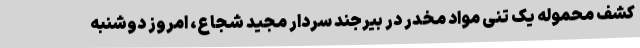
کشف محموله یک تنی مواد مخدر در بیرجند سردار مجید شجاع، امروز دوشنبه